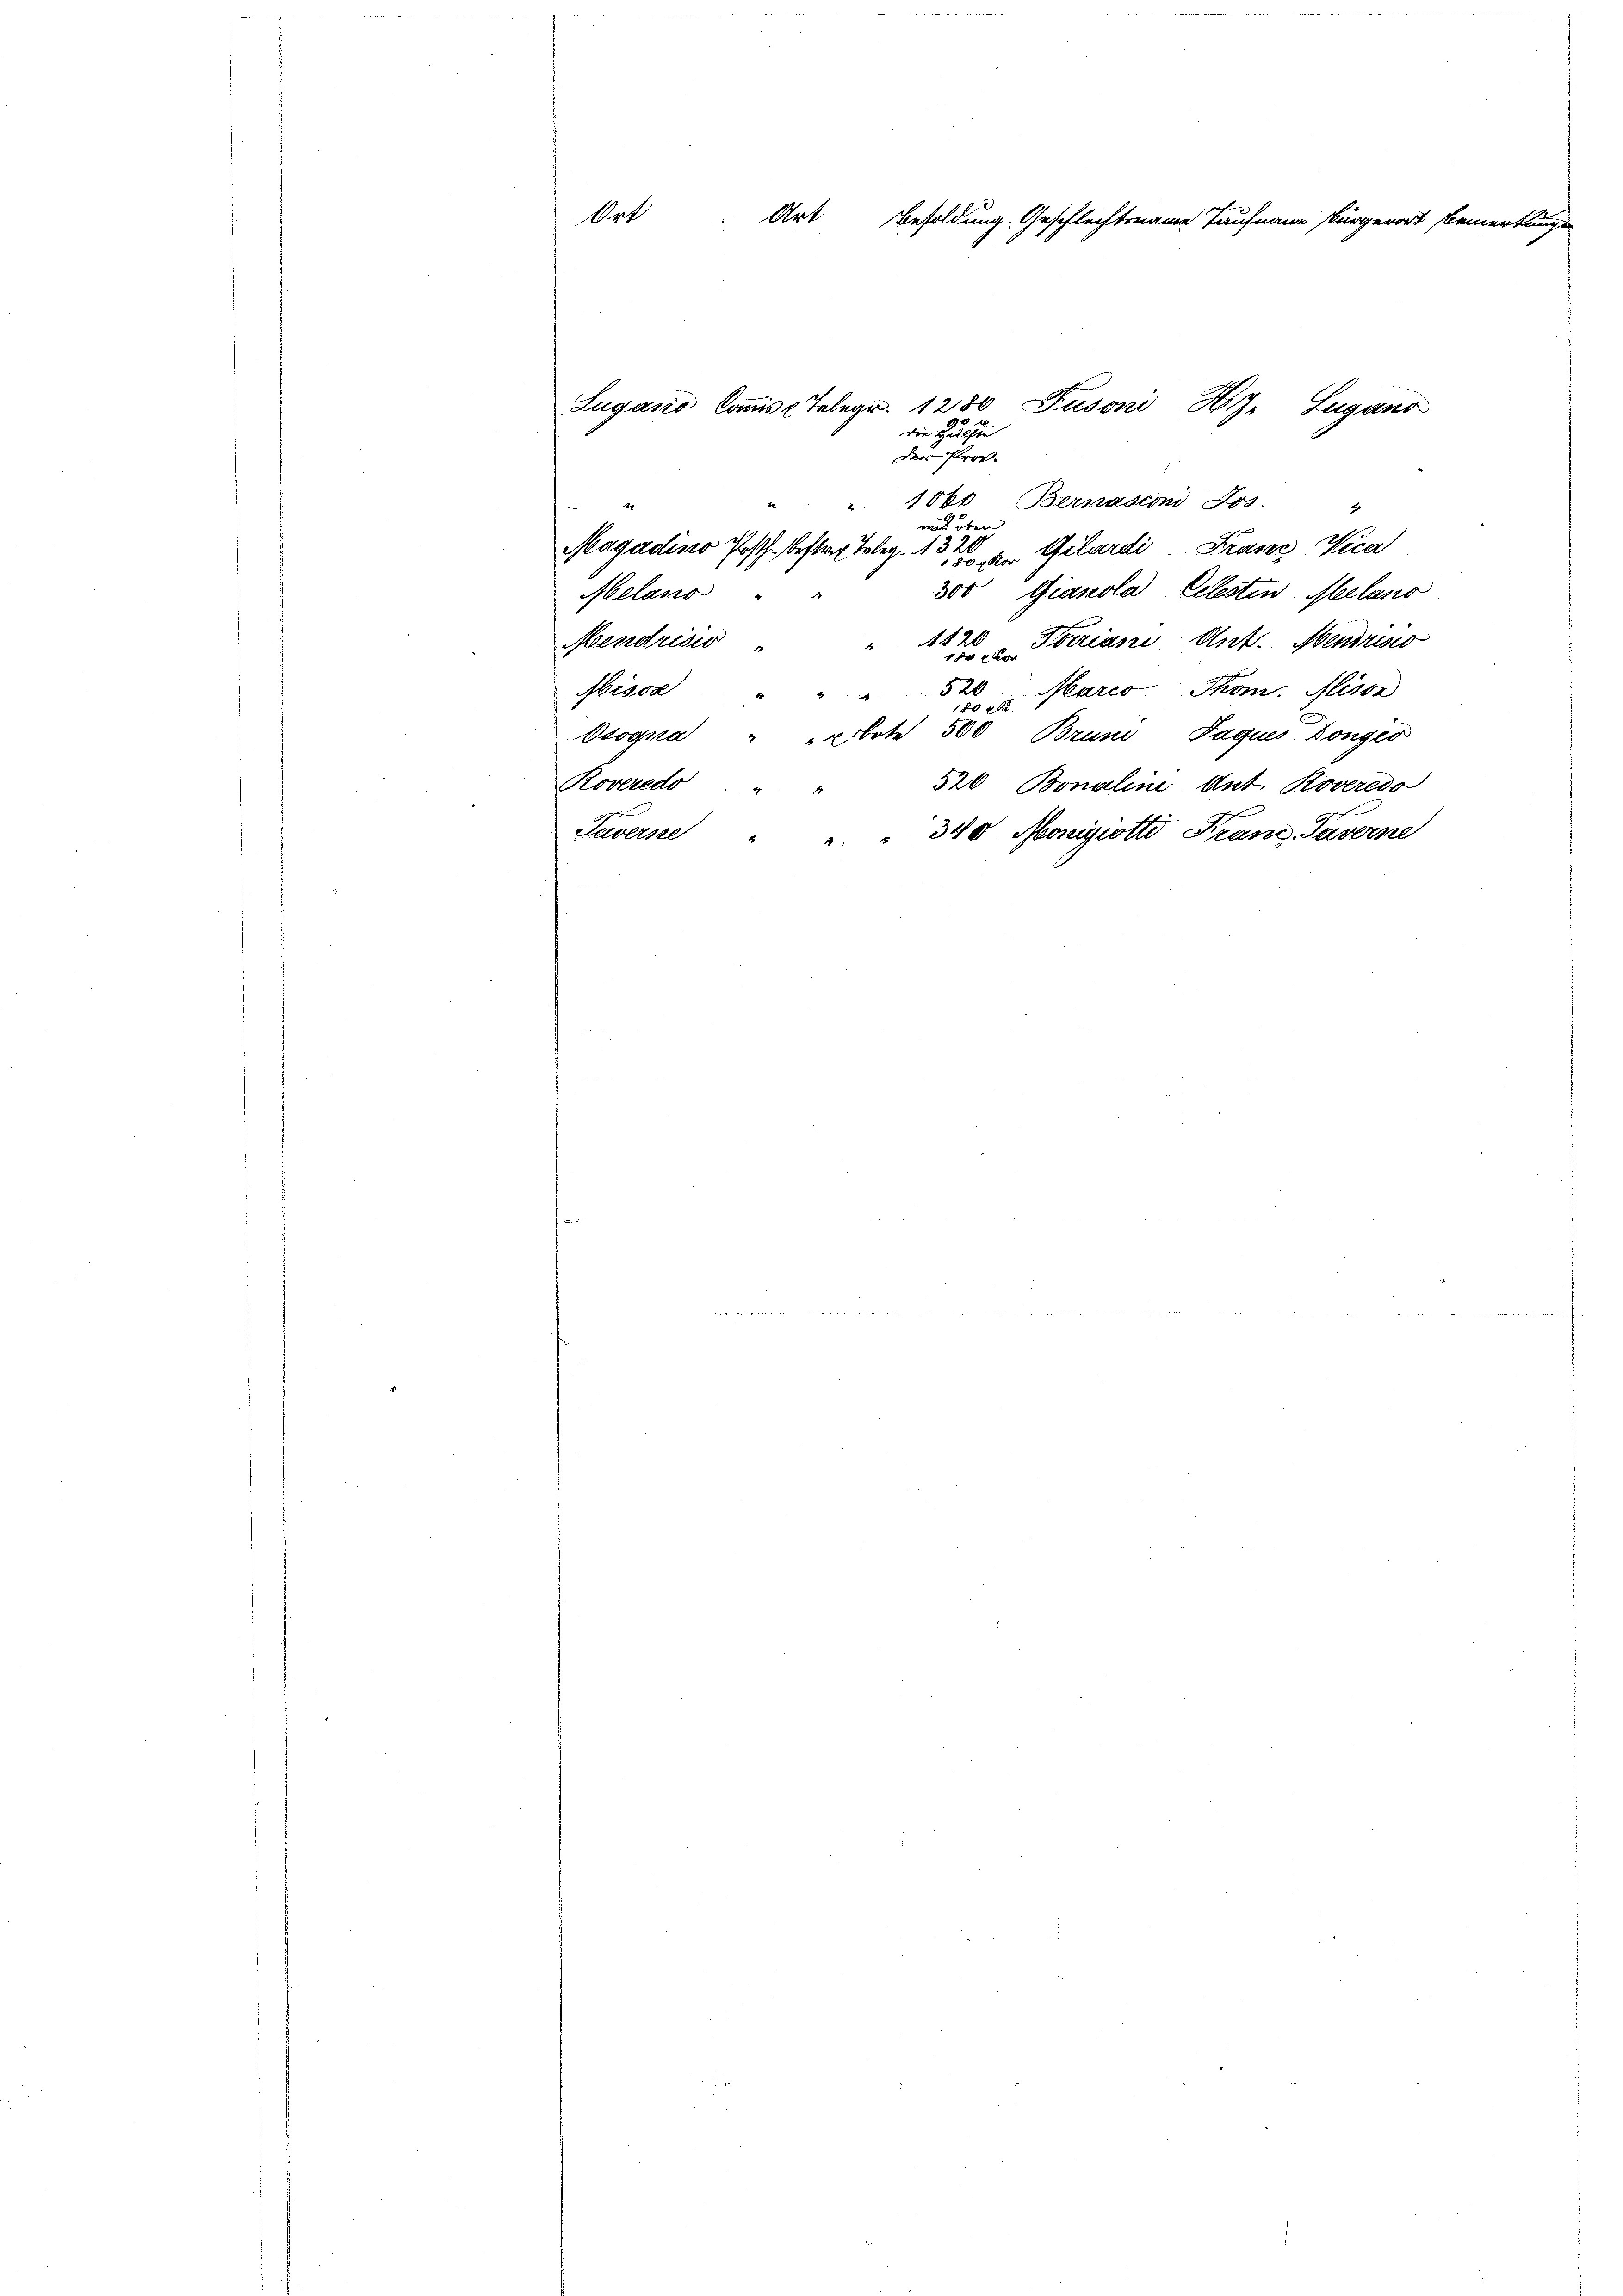
Ort Art Besoldung Geschlechtsname Taufnaue Bürgerort

die Heuchen
der Prov.
10kt Bernasconi Jos. "
wis oben
Magadino Posth. bestria Teleg. 131 an Gilardi, Präser Vica
300 Gianola Eclesten Melano
Melano
1420
Mendrisis
 u Feriani Ant. Mendriss
Aisor
520 Marco Thom. Alisse
Osogna " "bote 500 Brun Jaquis Dongés
520 Bonaline Ant. Roveredo
Roveredo " "
1
Taverne " " " 340 Nonigiotti Franz, Saverne

Lugano Commis Telegr. 1280 Fusoni Hy. Lugano